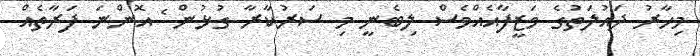
މިހާރު ދައުލަތުގެ ވަޒީފާއެއްވެސް ލިބެނީ މި ސަރުކާރާ ގުޅުން ެެެެެެެެެެެެެެެެެެެެެެެެެެެެެެެެެެެެެ އޮންނަ ފަރާތެއް